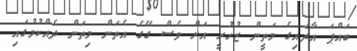
ބައްޕަ އާދައިގެ މަތީން ޒުހުރީ އަށް ވެސް ގޭގެ އެތަން މިތަން ދެއްކުމުގައި